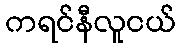
ကရင်နီလူငယ်